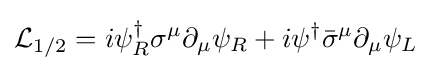
{\mathcal {L}}_{1/2}=i\psi _{R}^{\dagger }\sigma ^{\mu }\partial _{\mu }\psi _{R}+i\psi ^{\dagger }{\bar {\sigma }}^{\mu }\partial _{\mu }\psi _{L}